Report on the nature of kala-azar
Disease focus: Kala-Azar
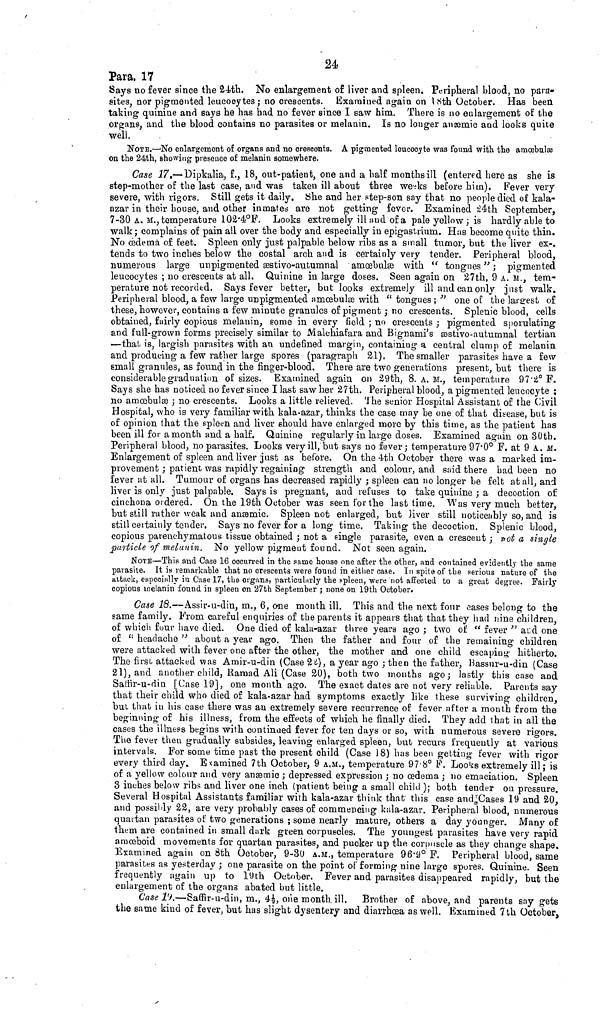
24
Para. 17
Says no fever since the 24th. No enlargement of liver and spleen. Peripheral blood, no para-
sites, nor pigmented leucocytes; no crescents. Examined again on 18th October. Has been
taking quinine and says he has had no fever since I saw him. There is no enlargement of the
organs, and the blood contains no parasites or melanin. Is no longer anæmic and looks quite
well.
NOTE.—No enlargement of organs and no crescents. A pigmented leucocyte was found with the amœbalæ
on the 24th, showing presence of melanin somewhere.
Case 17.—Dipkalia, f., 18, out-patient, one and a half months ill (entered here as she is
step-mother of the last case, and was taken ill about three weeks before him). Fever very
severe, with rigors. Still gets it daily. She and her step-son say that no people died of kala-
azar in their house, and other inmates are not getting fever. Examined 24th September,
7-30 A. M., temperature 102.4°F. Looks extremely ill and of a pale yellow; is hardly able to
walk; complains of pain all over the body and especially in epigastrium. Has become quite thin.
No œdema of feet. Spleen only just palpable below ribs as a small tumor, but the liver ex-,
tends to two inches below the costal arch and is certainly very tender. Peripheral blood,
numerous large unpigmented æstivo-autumnal amœbulæ with "tongues"; pigmented
leucocytes ; no crescents at all. Quinine in large doses. Seen again on 27th, 9 A. M., tem-
perature not recorded. Says fever better, but looks extremely ill and can only just walk.
Peripheral blood, a few large unpigmented amœbulæ with "tongues ;" one of the largest of
these, however, contains a few minute granules of pigment ; no crescents. Splenic blood, cells
obtained, fairly copious melanin, some in every field ; no crescents; pigmented sporulating
and full-grown forms precisely similar to Malchiafara and Bignami's æstivo-autumnal tertian
—that is, largish parasites with an undefined margin, containing a central clump of melanin
and producing a few rather large spores (paragraph 21). The smaller parasites have a few
small granules, as found in the finger-blood. There are two generations present, but there is
considerable graduation of sizes. Examined again on 29th, 8. A. M., temperature 97.2° F.
Says she has noticed no fever since I last saw her 27th. Peripheral blood, a pigmented leucocyte ;
no amœbulæ; no crescents. Looks a little relieved. The senior Hospital Assistant of the Civil
Hospital, who is very familiar with kala-azar, thinks the case may be one of that disease, but is
of opinion that the spleen and liver should have enlarged more by this time, as the patient has
been ill for a month and a half. Quinine regularly in large doses. Examined again on 30th.
Peripheral blood, no parasites. Looks very ill, but says no fever; temperature 97.0° F. at 9 A. M.
Enlargement of spleen and liver just as before. On the 4th October there was a marked im-
provement ; patient was rapidly regaining strength and colour, and said there had been no
fever at all. Tumour of organs has decreased rapidly ; spleen can no longer be felt at all, and
liver is only just palpable. Says is pregnant, and refuses to take quinine ; a decoction of
cinchona ordered. On the 19th October was seen for the last time. Was very much better,
but still rather weak and anæmic. Spleen not enlarged, but liver still noticeably so, and is
still certainly tender. Says no fever for a long time. Taking the decoction. Splenic blood,
copious parenchymatous tissue obtained ; not a single parasite, even a crescent ; not a single
particle of melanin. No yellow pigment found. Not seen again.
NOTE—This and Case 16 occurred in the same house one after the other, and contained evidently the same
parasite. It is remarkable that no crescents were found in either case. In spite of the serious nature of the
attack, especially in Case 17, the organs, particularly the spleen, were not affected to a great degree. Fairly
copious melanin found in spleen on 27th September ; none on 19th October.
Case 18.—Assir-u-din, m., 6, one month ill. This and the next four cases belong to the
same family. From careful enquiries of the parents it appears that that they had nine children,
of which four have died. One died of kala-azar three years ago ; two of "fever" and one
of "headache" about a year ago. Then the father and four of the remaining children
were attacked with fever one after the other, the mother and one child escaping hitherto.
The first attacked was Amir-u-din (Case 22), a year ago ; then the father, Bassur-u-din (Case
21), and another child, Hamad Ali (Case 20), both two months ago; lastly this case and
Saffir-u-din [Case 19], one month ago. The exact dates are not very reliable. Parents say
that their child who died of kala-azar had symptoms exactly like these surviving children,
but that in his case there was an extremely severe recurrence of fever after a month from the
beginning of his illness, from the effects of which he finally died. They add that in all the
cases the illness begins with continued fever for ten days or so, with numerous severe rigors.
The fever then gradually subsides, leaving enlarged spleen, but recurs frequently at various
intervals. For some time past the present child (Case 18) has been getting fever with rigor
every third day. Examined 7th October, 9 A.M., temperature 97'8° P. Looks extremely ill ; is
of a yellow colour and very anæmic; depressed expression ; no œdema; no emaciation. Spleen
3 inches below ribs and liver one inch (patient being a small child ); both tender on pressure.
Several Hospital Assistants familiar with kala-azar think that this case and Cases 19 and 20,
and possibly 22, are very probably cases of commencing kala-azar. Peripheral blood, numerous
quartan parasites of two generations ; some nearly mature, others a day younger. Many of
them are contained in small dark green corpuscles. The youngest parasites have very rapid
amœboid movements for quartan parasites, and pucker up the corpuscle as they change shape.
Examined again on 8th October, 9-30 A.M., temperature 96.9° F. Peripheral blood, same
parasites as yesterday ; one parasite on the point of forming nine large spores. Quinine. Seen
frequently again up to 19th October. Fever and parasites disappeared rapidly, but the
enlargement of the organs abated but little.
Case 19.—Saffir-u-din, m., 4½ one month ill. Brother of above, and parents say gets
the same kind of fever, but has slight dysentery and diarrhœa as well. Examined 7th October,